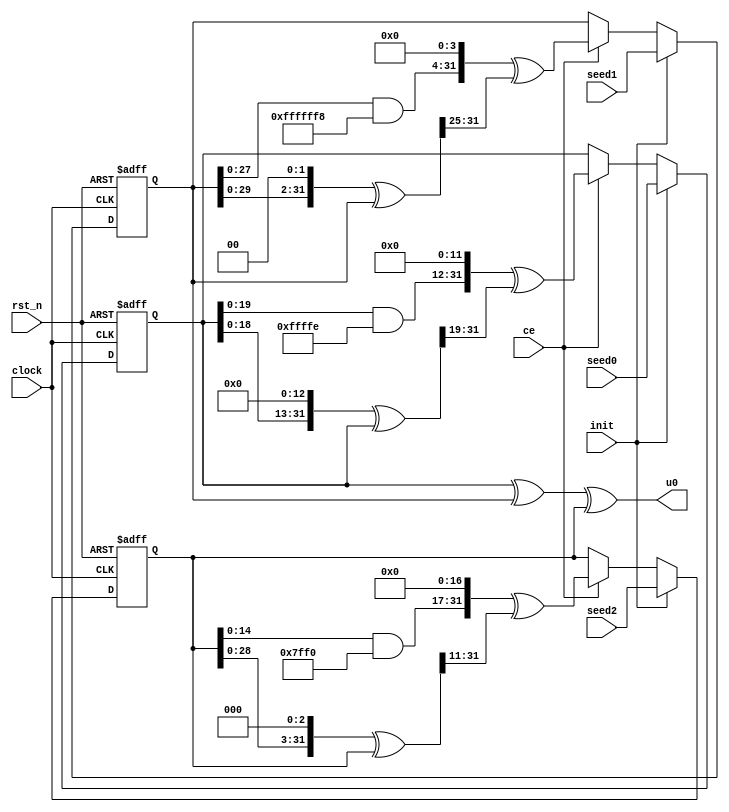
//***************************************************************************//
//***************************************************************************//
//  Copyright (c) 2018 zhanxn87
//  All rights reserved.
//
//  Permission is hereby granted, free of charge, to any person obtaining a 
//  copy of this software and associated documentation files (the "Software"),
//  to deal in the Software without restriction, including without limitation
//  the rights to use, copy, modify, merge, publish, distribute, sublicense, 
//  and/or sell copies of the Software, and to permit persons to whom the 
//  Software is furnished to do so, subject to the following conditions:
//
//  -The above copyright notice and this permission notice shall be included in
//  all copies or substantial portions of the Software.
//
//  THE SOFTWARE IS PROVIDED "AS IS", WITHOUT WARRANTY OF ANY KIND, EXPRESS OR
//  IMPLIED, INCLUDING BUT NOT LIMITED TO THE WARRANTIES OF MERCHANTABILITY, 
//  FITNESS FOR A PARTICULAR PURPOSE AND NONINFRINGEMENT. IN NO EVENT SHALL 
//  THE AUTHORS OR COPYRIGHT HOLDERS BE LIABLE FOR ANY CLAIM, DAMAGES OR OTHER 
//  LIABILITY, WHETHER IN AN ACTION OF CONTRACT, TORT OR OTHERWISE, ARISING 
//  FROM, OUT OF OR IN CONNECTION WITH THE SOFTWARE OR THE USE OR OTHER 
//  DEALINGS IN THE SOFTWARE.
//---------------------------------------------------------------------------//
//---------------------------------------------------------------------------//
//   Design      :   taus_urng.v
//   Description :   Tausworthe URNG, generate Uniform Distribute Random
//                   Number U(0,1).
//
//
//***************************************************************************//
//***************************************************************************//

module taus_urng
               (
                    //input
                    clock               ,
                    rst_n               ,
                    init                , //init to initial state
                    ce                  ,
                    seed0               ,
                    seed1               ,
                    seed2               ,

                    //output
                    u0                   
               );

//========================================
//parameter define
//========================================

//========================================
//input  declare
//========================================
input               clock               ;
input               rst_n               ;
input               init                ;
input               ce                  ;
input [31:0]        seed0               ;
input [31:0]        seed1               ;
input [31:0]        seed2               ;

//========================================
//output declare
//========================================
output [31:0]       u0                  ;

//========================================
//code begin here
//========================================

wire [31:0] b0, b1, b2, s0_next, s1_next, s2_next;
reg  [31:0] s0, s1, s2;

assign b0 = (((s0 << 13) ^ s0) >> 19);
assign s0_next = (((s0 & 32'hFFFFFFFE) << 12) ^ b0);

assign b1 = (((s1 << 2) ^ s1) >> 25);
assign s1_next = (((s1 & 32'hFFFFFFF8) << 4) ^ b1);

assign b2 = (((s2 << 3) ^ s2) >> 11);
assign s2_next = (((s2 & 32'hFFFFFFF0) << 17) ^ b2);

assign u0 = s0 ^ s1 ^ s2;

always @(posedge clock or negedge rst_n)
  if(!rst_n)
  begin
    s0 <= 32'h0;
    s1 <= 32'h0;
    s2 <= 32'h0;
  end
  else if(init)
  begin
    s0 <= seed0;
    s1 <= seed1;
    s2 <= seed2;
  end
  else if(ce)
  begin
    s0 <= s0_next;
    s1 <= s1_next;
    s2 <= s2_next;
  end

// synopsys translate_off
// synopsys translate_on
endmodule